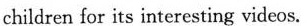
children for its interesting videos.